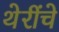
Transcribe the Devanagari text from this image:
थेरींचे